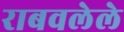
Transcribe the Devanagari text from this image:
राबवलेले